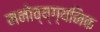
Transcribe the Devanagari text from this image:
मनोव्य्ग्यनिक